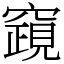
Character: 竀